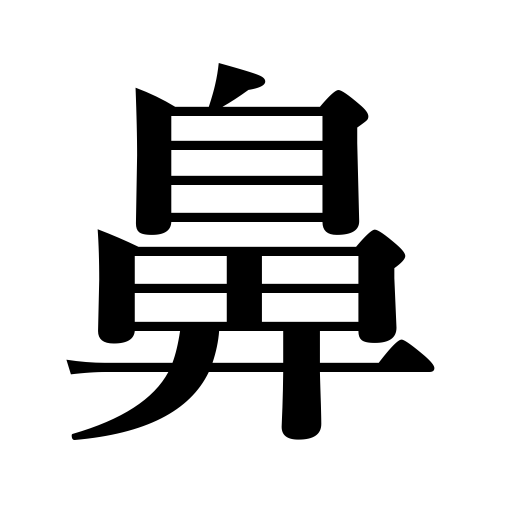
Meanings: nose,muzzle,nasal,snout